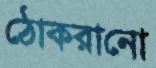
ঠোকরানো